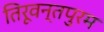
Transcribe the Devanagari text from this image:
तिरूवन्तपुरम